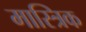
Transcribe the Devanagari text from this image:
मास्त्रिक